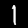
Label: 1